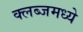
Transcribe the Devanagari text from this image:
क्लब्जमध्ये